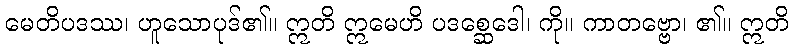
မေတိပဒဿ၊ ဟူသောပုဒ်၏။ ဣတိ ဣမေဟိ ပဒစ္ဆေဒေါ၊ ကို။ ကာတဗ္ဗော၊ ၏။ ဣတိ